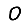
Digit: 0